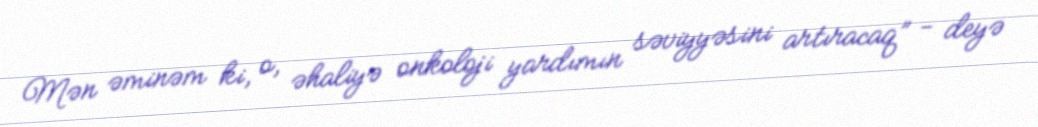
Mən əminəm ki, o, əhaliyə onkoloji yardımın səviyyəsini artıracaq” - deyə